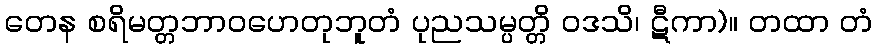
တေန စရိမတ္တဘာဝဟေတုဘူတံ ပုညသမ္ပတ္တိ ဝဒသိ၊ ဋီကာ)။ တထာ တံ